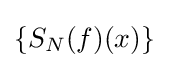
\left\{S_{N}(f)(x)\right\}